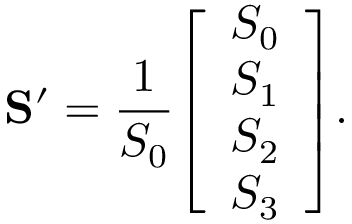
\mathbf { S ^ { \prime } } = { \frac { 1 } { S _ { 0 } } } { \left[ \begin{array} { l } { S _ { 0 } } \\ { S _ { 1 } } \\ { S _ { 2 } } \\ { S _ { 3 } } \end{array} \right] } .